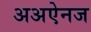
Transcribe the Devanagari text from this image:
अअऐनज